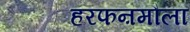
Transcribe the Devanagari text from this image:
हरफऩमौला